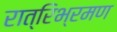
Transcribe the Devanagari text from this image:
रात्रिभ्रमण